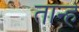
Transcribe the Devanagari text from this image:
तान्हें